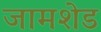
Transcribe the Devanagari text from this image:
जामशेड